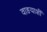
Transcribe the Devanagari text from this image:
वाङयाशीं